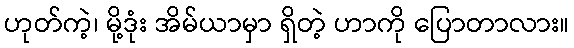
ဟုတ်ကဲ့၊ မို့ဒုံး အိမ်ယာမှာ ရှိတဲ့ ဟာကို ပြောတာလား။